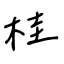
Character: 桂